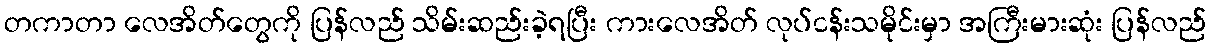
တကာတာ လေအိတ်တွေကို ပြန်လည် သိမ်းဆည်းခဲ့ရပြီး ကားလေအိတ် လုပ်ငန်းသမိုင်းမှာ အကြီးမားဆုံး ပြန်လည်